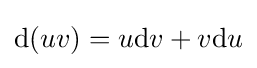
\mathrm {d} (uv)=u\mathrm {d} v+v\mathrm {d} u